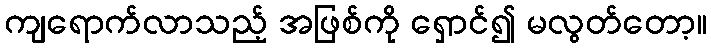
ကျရောက်လာသည့် အဖြစ်ကို ရှောင်၍ မလွတ်တော့။